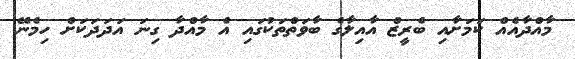
މާއްދާއެއް ކަމަށާއި ބެރީޒް އާއިލާގެ ބާވަތްތަކުގައި އެ މާއްދާ ގިނަ އަދަދަކަށް ހިމެނޭ